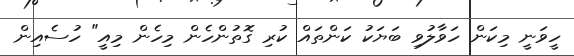
ހީވަނީ މިކަން ހަވާލުވި ބަޔަކު ކަންތައް ކުރި ގޮތުންހެން މިހެން މިއީ" ހުސެއިން